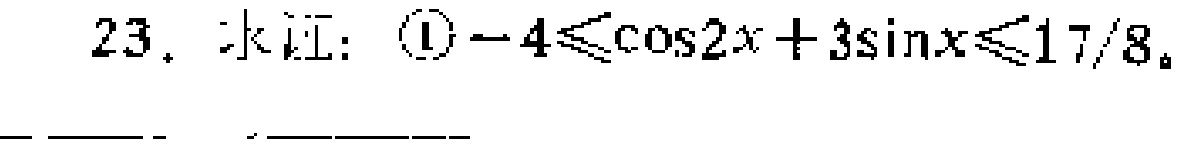
23. 求证：\textcircled{1}\(-4\leqslant\cos2x + 3\sin x\leqslant17/8\)。